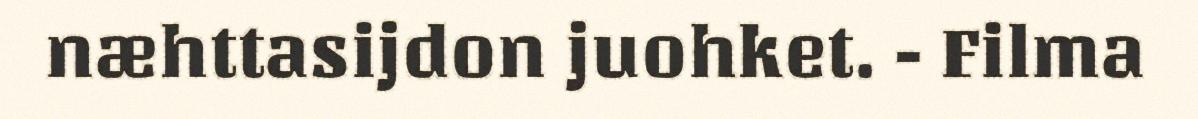
næhttasijdon juohket. - Filma